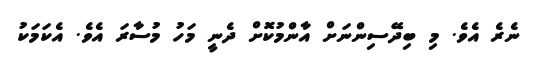
ނެރެ އެވެ. މި ބިދޭސިންނަށް އާންމުކޮށް ދެނީ މަހު މުސާރަ އެވެ. އެކަމަކު